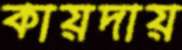
কায়দায়